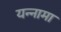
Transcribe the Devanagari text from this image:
यन्‍नामा